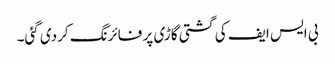
بی ایس ایف کی گشتی گاڑی پر فائرنگ کردی گئی۔